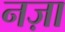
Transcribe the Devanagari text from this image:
नज़ा